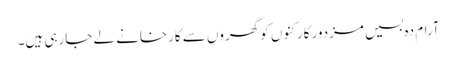
آرام دہ بسیں مزدور کارکنوں کو گھروں سے کارخانے لے جارہی ہیں۔